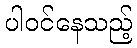
ပါဝင်နေသည့်